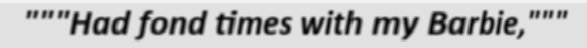
"""Had fond times with my Barbie,"""